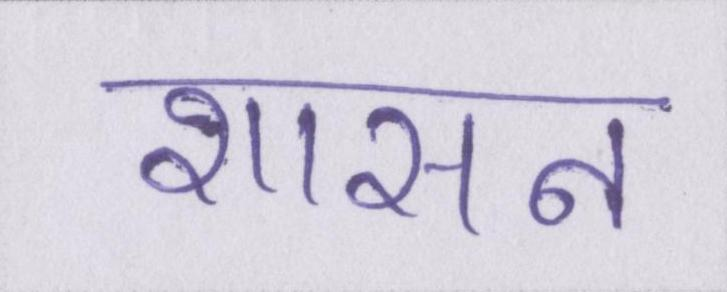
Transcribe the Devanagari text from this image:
शासन